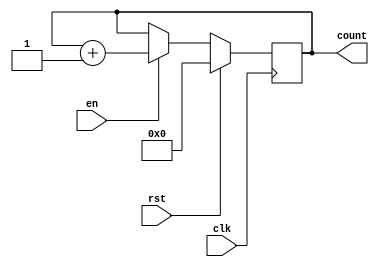
module MemoryBlocksIncrementalCounter (
    input wire clk,          // Clock signal
    input wire rst,          // Synchronous reset signal
    input wire en,           // Enable signal
    output reg [7:0] count   // 8-bit counter output (adjust bit-width as needed)
);

    // Parameter for the initial reset value
    parameter INITIAL_VALUE = 8'd0; // Predefined reset value

    // Always block for the counter operation
    always @(posedge clk) begin
        if (rst) begin
            // Synchronous reset
            count <= INITIAL_VALUE;
        end else if (en) begin
            // Increment the counter on enable
            count <= count + 1;
        end
        // If en is low and rst is not asserted, the counter holds its value
    end

endmodule